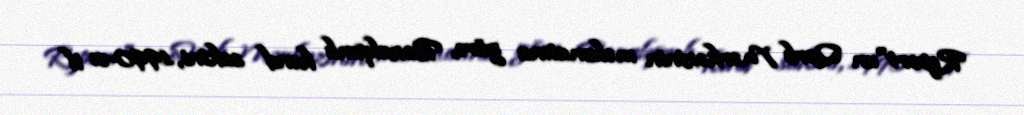
Report"un Qərb Mərkəzinin məlumatına görə, Bozalqanlı kənd sakini, 1990-cı il